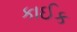
કાઈક